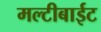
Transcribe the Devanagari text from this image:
मल्टीबाईट